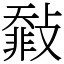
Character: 㪪